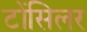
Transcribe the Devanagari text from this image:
टोंसिलर